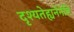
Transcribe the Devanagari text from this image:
दृश्यतेह्यनेनेति